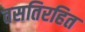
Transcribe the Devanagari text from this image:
वसतिरहित